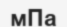
мПа